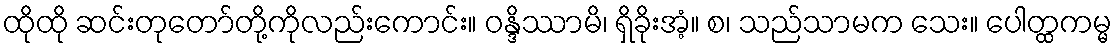
ထိုထို ဆင်းတုတော်တို့ကိုလည်းကောင်း။ ဝန္ဒိဿာမိ၊ ရှိခိုးအံ့။ စ၊ သည်သာမက သေး။ ပေါတ္ထကမ္မ